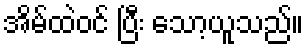
အိမ်ထဲဝင် ပြီး သော့ယူသည်။